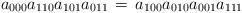
LaTeX: \begin{align*}a_{000} a_{110} a_{101} a_{011} \,=\,a_{100} a_{010} a_{001} a_{111} \end{align*}